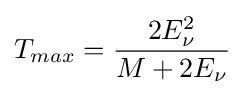
T_{max}={\frac {2E_{\nu }^{2}}{M+2E_{\nu }}}